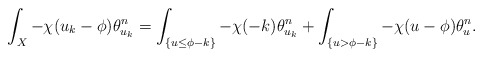
\begin{align*}\int_X-\chi(u_{k}-\phi)\theta_{u_{k}}^n=\int_{\{u\leq\phi-k\}}-\chi(-k)\theta_{u_{k}}^n+\int_{\{u>\phi-k\}}-\chi(u-\phi)\theta_{u}^n.\end{align*}